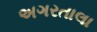
અગરતાલા